Materia medica of Madras volume I
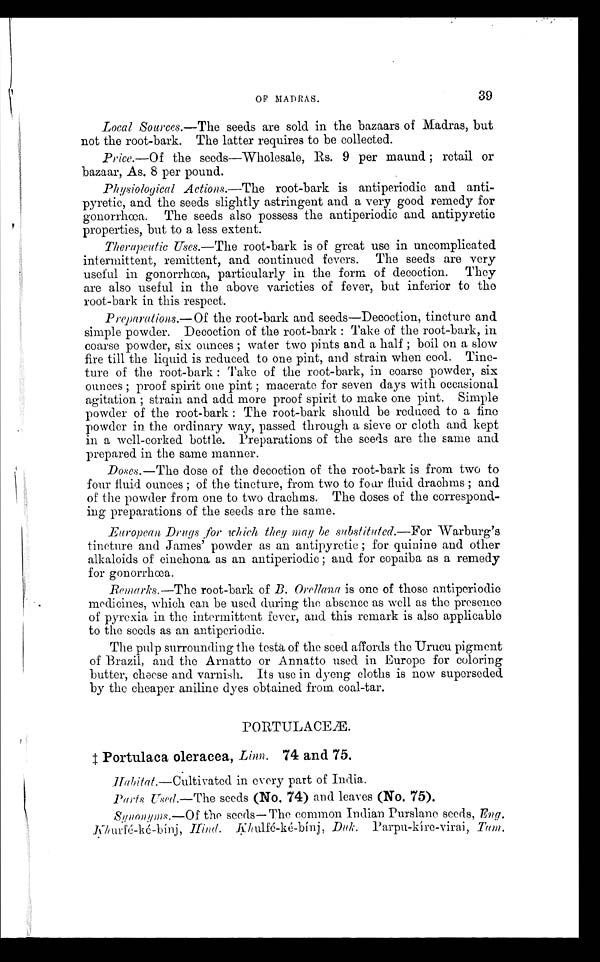
Local Sources.—The seeds are sold in the bazaars of Madras, but
not the root-bark. The latter requires to be collected.
Price.—Of the seeds—Wholesale, Rs. 9 per maund ; retail or
bazaar, As. 8 per pound.
Physiological Actions.—The root-bark is antiperiodic and anti-
pyretic, and the seeds slightly astringent and a very good remedy for
g o n o r r h œ a . T h e s e e d s a l s o p o s s e s s t h e a n t i p e r i o d i c a n d a n t i p y r e t i c
properties, but to a less extent.
Therapeutic Uses.—The root-bark is of great use in uncomplicated
intermittent, remittent, and continued fevers. The seeds are very
useful in gonorrhœa, particularly in the form of decoction. They
are also useful in the above varieties of fever, but inferior to the
root-bark in this respect.
Preparations.—Of the root-bark and seeds—Decoction, tincture and
simple powder. Decoction of the root-bark : Take of the root-bark, in
coarse powder, six ounces ; water two pints and a half ; boil on a slow
fire till the liquid is reduced to one pint, and strain when cool. Tinc-
ture of the root-bark : Take of the root-bark, in coarse powder, six
ounces ; proof spirit one pint ; macerate for seven days with occasional
agítation ; strain and add more proof spirit to make one pint. Simple
powder of the root-bark : The root-bark should be reduced to a fine
powder in the ordinary way, passed through a sieve or cloth and kept
in a well-corked bottle. Preparations of the seeds are the same and
prepared in the same manner.
Doses.—The dose of the decoction of the root-bark is from two to
four fluid ounces ; of the tincture, from two to four fluid drachms ; and
of the powder from one to two drachms. The doses of the correspond-
ing preparations of the seeds are the same.
European Drugs for which they may be substituted.—For -Warburg's
tincture and James' powder as an antipyretic ; for quinine and other
alkaloids of cinchona as an antiperiodic ; and for copaiba as a remedy
for gonorrhoea.
Remarks.—The root-bark of B. Orellana is one of those antiperiodic
medicines, which can be used during the absence as well as the presence
of pyrexia in the intermittent fever, and this remark is also applicable
to the seeds as an antiperiodic.
The pulp surrounding the testa of the seed affords the Urucu pigment
of Brazil, and the Arnatto or Annatto used in Europe for coloring
butter, cheese and varnish. Its use in dyeng cloths is now superseded
by the cheaper aniline dyes obtained from coal-tar.
Portulaca oleracea, Linn. 74 and 75.
Habitat.—Cultivated in every part of India.
Parts Used.—The seeds (No. 74) and leaves (No. 75).
Synonyms.—Of the seeds—The common Indían Purslane seeds, Eng.
Khulfé-ké-binj, Duk. Parpu-kíre-virai, Tam.